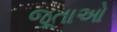
જૂતાઓ